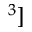
^ 3 ]